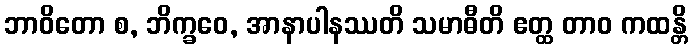
ဘာဝိတော စ, ဘိက္ခဝေ, အာနာပါနဿတိ သမာဓီတိ ဧတ္ထ တာဝ ကထန္တိ